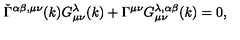
\check { \Gamma } ^ { \alpha \beta , \mu \nu } ( k ) G _ { \mu \nu } ^ { \lambda } ( k ) + \Gamma ^ { \mu \nu } G _ { \mu \nu } ^ { \lambda , \alpha \beta } ( k ) = 0 ,